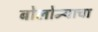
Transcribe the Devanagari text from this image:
बोलोन्याचा